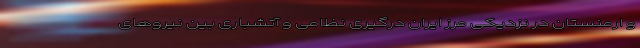
و ارمنستان در نزدیکی مرز ایران درگیری نظامی و آتشباری بین نیروهای